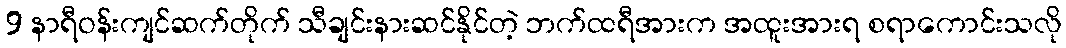
9 နာရီဝန်းကျင်ဆက်တိုက် သီချင်းနားဆင်နိုင်တဲ့ ဘက်ထရီအားက အထူးအားရ စရာကောင်းသလို